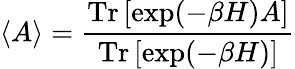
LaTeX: \langle A\rangle={\frac{{\mathrm{Tr}}\, [\exp(-\beta H)A]}{{\mathrm{Tr}}\, [\exp(-\beta H)]}}